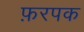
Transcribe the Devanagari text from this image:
फ़रपक